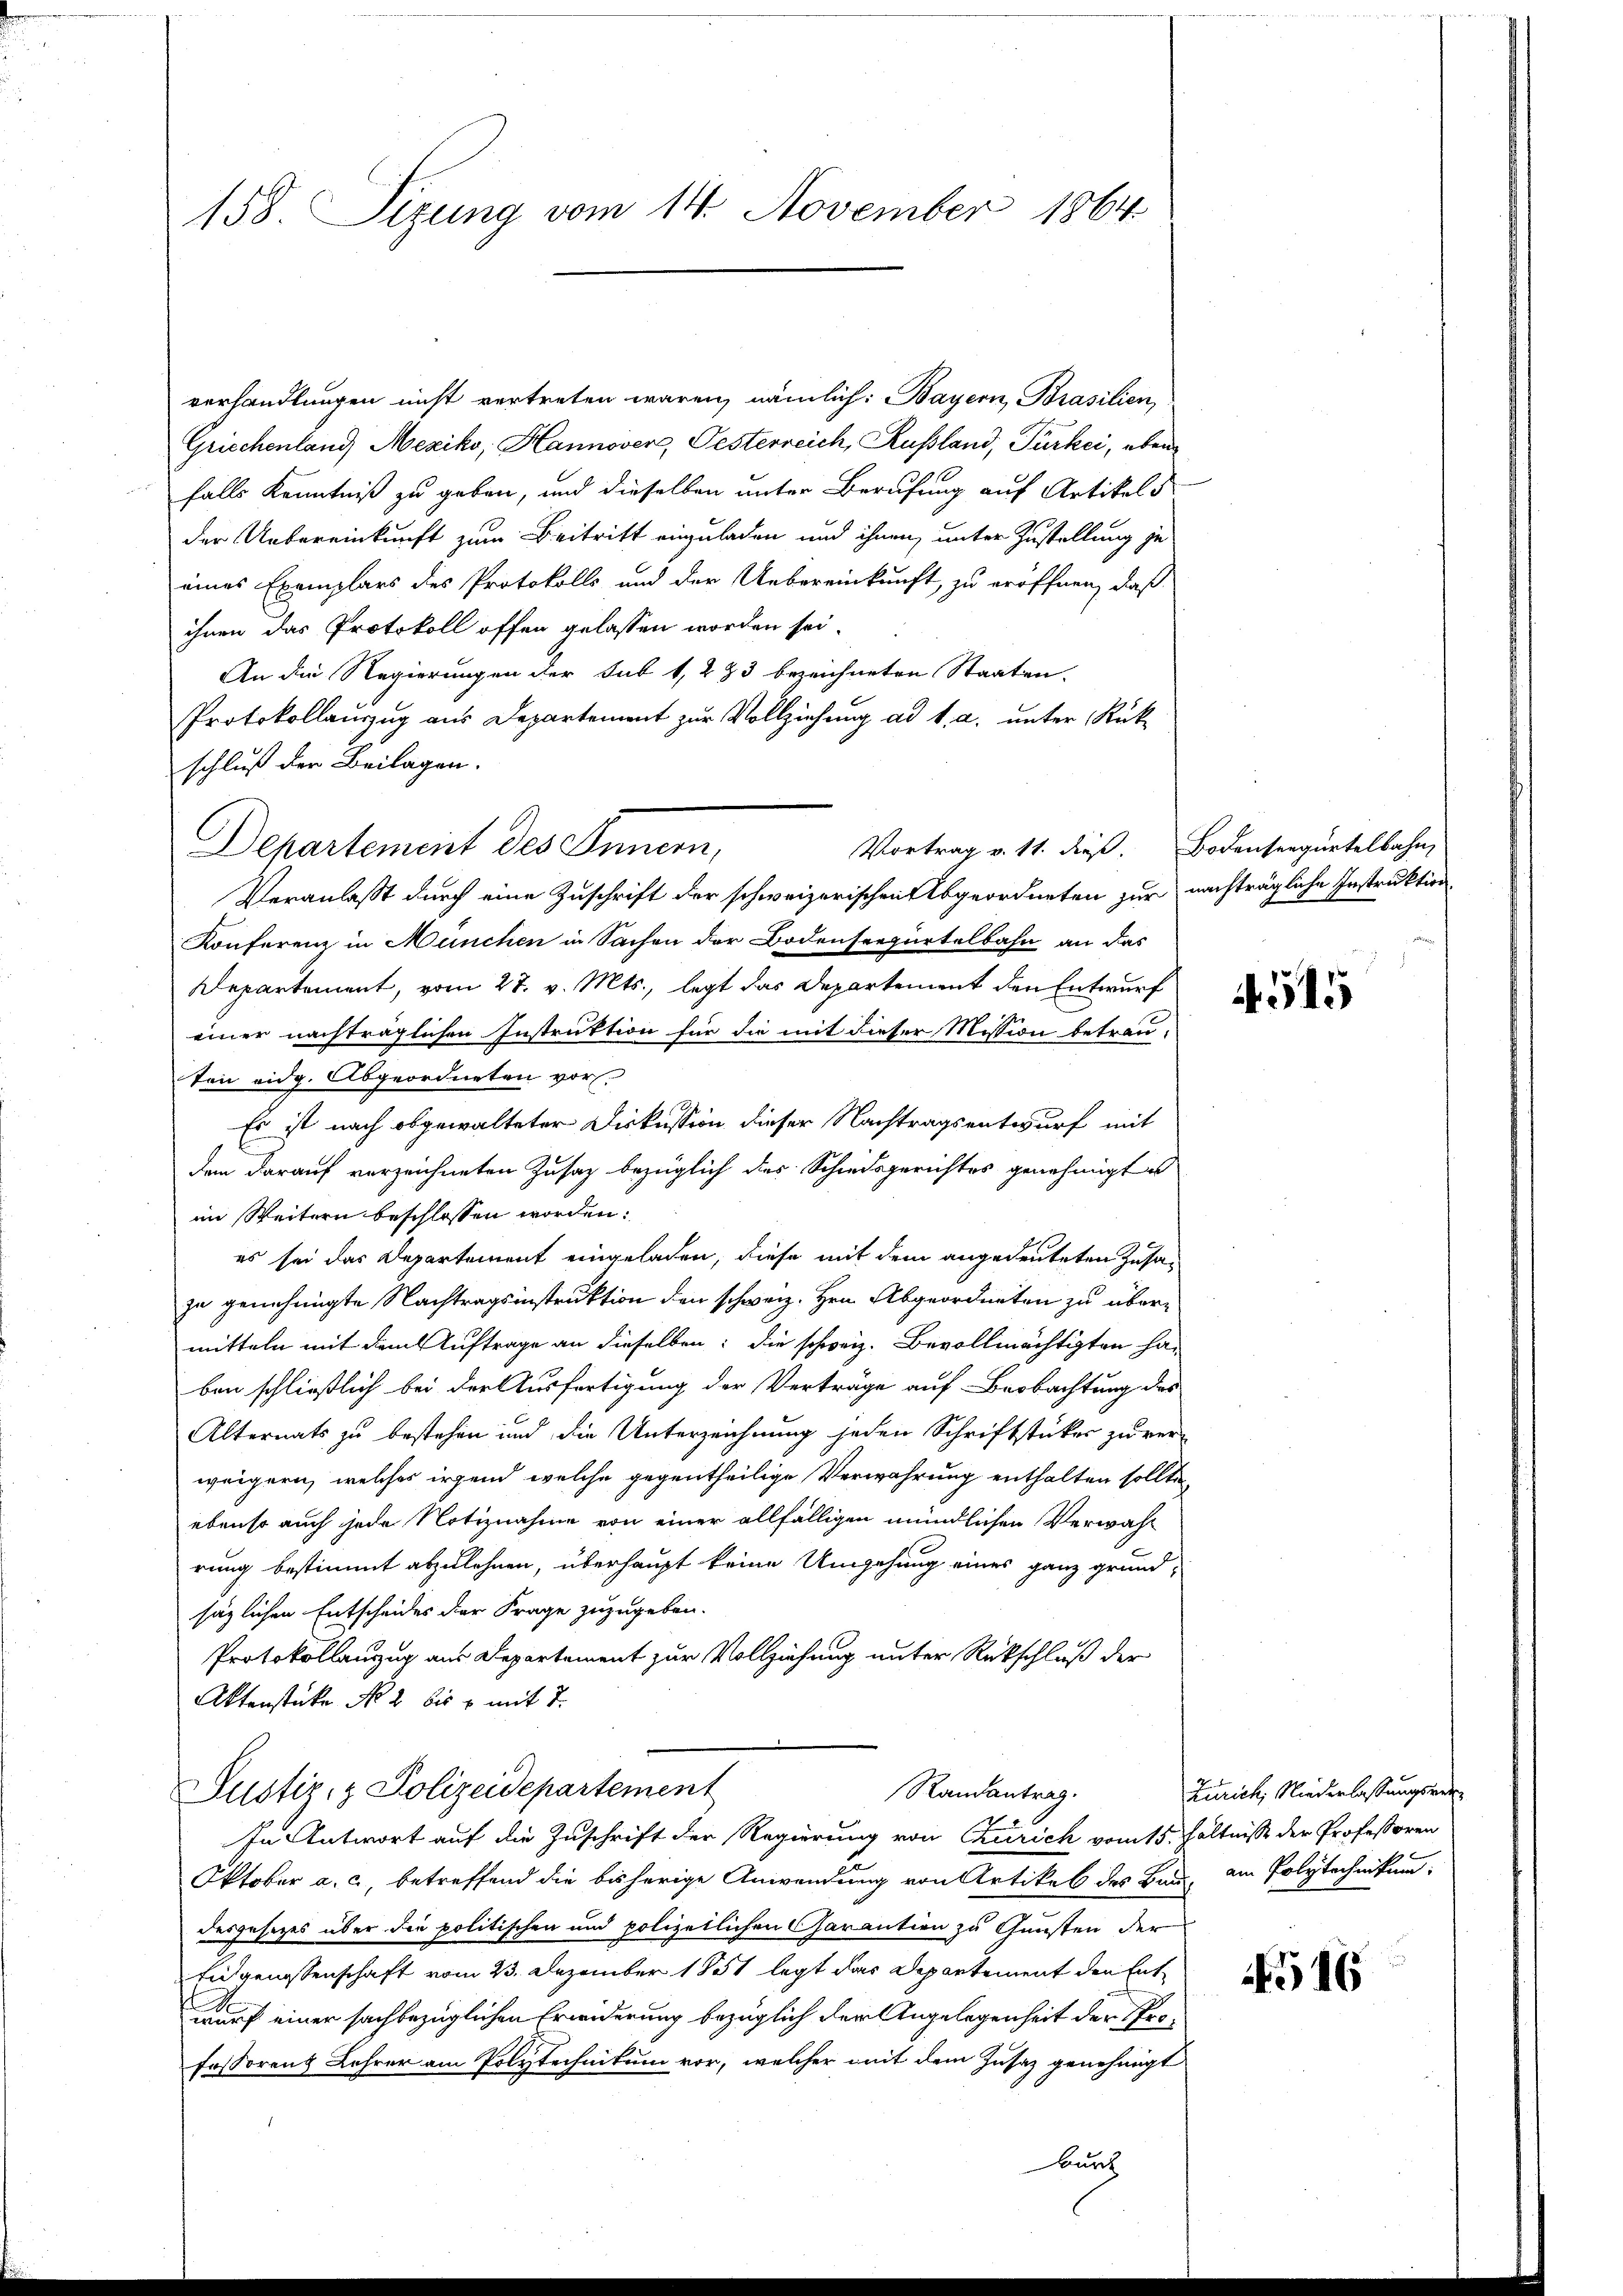
158. Sizung vom 14. November 1864

verhandlungen nicht vertreten wären, nämlich: Bayern, Brasilien,
Griechenland Mexiko, Hannover, Pesterreich, Russland, Türkei, aber
falls Kenntniß zu geben, und dieselben unter Berufung auf Artikels
der Uebereinkunft zum Beitritt einzuladen und ihnen, unter Zustellung je
eines Exemplars des Protokolls und der Uebereinkunft, zu eröffnen, daß
ihnen das Protokoll offen gelassen worden sei.
An die Regierungen der Sub 1, 223 bezeichneten Staaten.
Protokollauszug aus Departement zur Vollziehung ad 1., a. unter Rükschluß der Beilagen.
Veranlaßt durch eine Zuschrift der schweizerischen Abgeordneten zur nachträgliche Instruktion
Konferenz in München in Sachen der Bodensregiertelbahn an das
Departement, vom 27. v. Mts., legt das Departement den Entwurf
einer nachträglichen Instruktion für die mit dieser Mission betrau-
Von eidg. Abgeordneten vor.
Es ist nach obgewalteter Diskussion dieser Nachtragsentwurf mit
den darauf verzeichneten Zusaz bezüglich des Schiedsgerichtes genehmigt u
im Weitern beschlossen worden:
es sei das Departement eingeladen, diese mit dem angedeuteten Zusazu genehmigte Nachtragsinstruktion den schweiz. Hrn. Abgeordneten zu übermitteln mit dem Auftrage an dieselben; die schweiz. Bevollmächtigten haben schließlich bei der Ausfertigung der Verträge auf Beobachtung des
Alternats zu bestehen und die Unterzeichnung jeden Schriftstückes zu ver-
weigern, welches irgend welche gegentheilige Verwahrung enthalten sollte
ebenso auch jede Notiznahme von einer allfälligen mündlichen Verwahrung bestimmt abzulehnen, überhaupt keine Umgehung eines ganz grund-
säzlichen Entscheides der Frage zuzugeben.
Protokollanzug aus Departement zur Vollziehung unter Rückschluß der
Aktenstücke No. 2 bis 6 mit 7.
Justiz- & Polizeidepartement
Randantrag.
In Antwort auf die Zuschrift der Regierung von Curich vom 15. hältnisse der Professoren
Oktober a. c., betreffend die bisherige Anwendung von Artikel des Bau, am Polytechnikum
desgesetzes über die politischen und polizeilichen Carantien zu Gunsten der
Eeitgenossenschaft vom 23. Dezember 1851 legt das Departement den Entwurf einer sachbezüglichen Erwiderung bezüglich der Angelegenheit der Professorenz Lehrer am Polytechnikum vor, welcher mit dem Zusaz genehmigt
Burch

Departement des Innern,

Vortrag v. 11. dieß. Bodenseegürtelbahn,

515

Zürich, Niederlassungsver

516